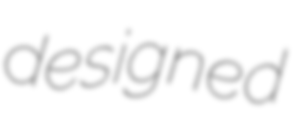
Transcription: designed